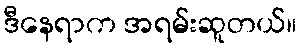
ဒီနေရာက အရမ်းဆူတယ်။